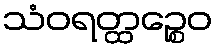
သံဝရတ္ထဉ္စေဝ